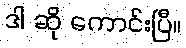
ဒါ ဆို ကောင်းပြီ။